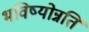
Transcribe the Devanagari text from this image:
भविष्योन्नति